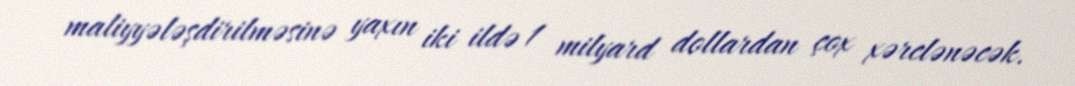
maliyyələşdirilməsinə yaxın iki ildə 1 milyard dollardan çox xərclənəcək.